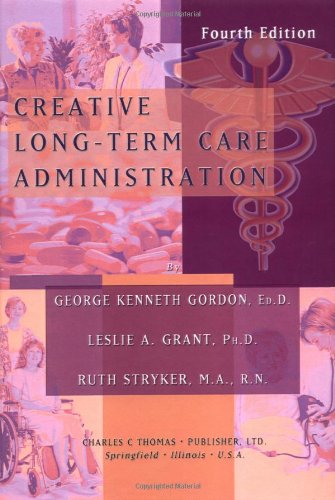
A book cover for Creative Long-Term Care Administration; George Kenneth Gordon; Medical Books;